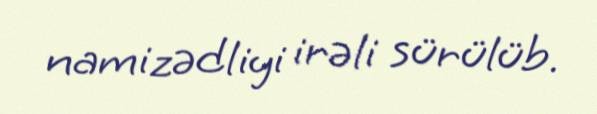
namizədliyi irəli sürülüb.